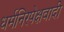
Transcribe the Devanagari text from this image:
धर्मनिरपेक्षवादी